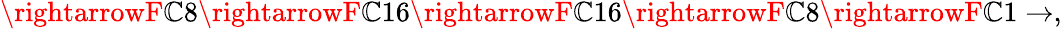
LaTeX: \rightarrowF\mathbb{C}8\rightarrowF\mathbb{C}16\rightarrowF\mathbb{C}16\rightarrowF\mathbb{C}8\rightarrowF\mathbb{C}1\rightarrow,